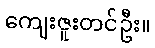
ကျေးဇူးတင်ဦး။